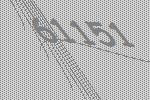
61151